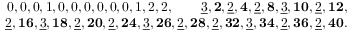
\begin{array} { r l r } & { } & { 0 , 0 , 0 , 1 , 0 , 0 , 0 , 0 , 0 , 0 , 1 , 2 , 2 , \quad \quad \underline { { 3 } } , \mathbf { 2 } , \underline { { 2 } } , \mathbf { 4 } , \underline { { 2 } } , \mathbf { 8 } , \underline { { 3 } } , \mathbf { 1 0 } , \underline { { 2 } } , \mathbf { 1 2 } , } \\ & { } & { \underline { { 2 } } , \mathbf { 1 6 } , \underline { { 3 } } , \mathbf { 1 8 } , \underline { { 2 } } , \mathbf { 2 0 } , \underline { { 2 } } , \mathbf { 2 4 } , \underline { { 3 } } , \mathbf { 2 6 } , \underline { { 2 } } , \mathbf { 2 8 } , \underline { { 2 } } , \mathbf { 3 2 } , \underline { { 3 } } , \mathbf { 3 4 } , \underline { { 2 } } , \mathbf { 3 6 } , \underline { { 2 } } , \mathbf { 4 0 } . } \end{array}